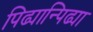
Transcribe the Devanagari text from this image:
पिढ्यान्पिढ्या